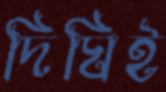
দিঘিই